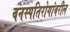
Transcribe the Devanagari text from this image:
वनस्पतिरोगांवरील